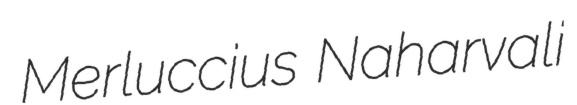
Merluccius Naharvali